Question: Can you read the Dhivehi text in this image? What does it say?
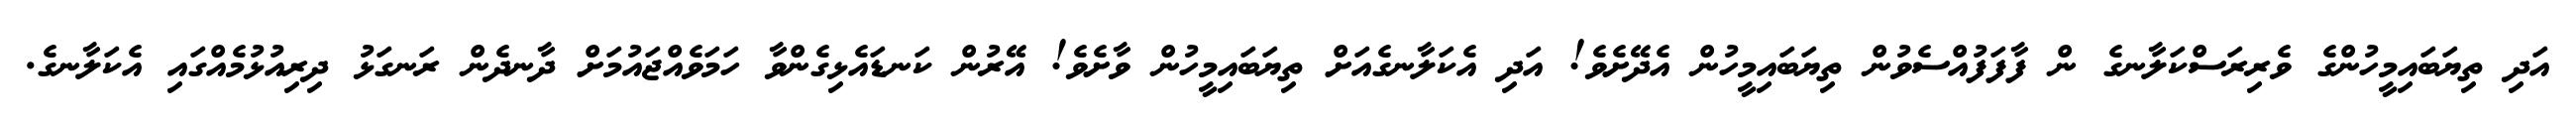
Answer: އަދި ތިޔަބައިމީހުންގެ ވެރިރަސްކަލާނގެ ން ފާފަފުއްސެވުން ތިޔަބައިމީހުން އެދޭށެވެ! އަދި އެކަލާނގެއަށް ތިޔަބައިމީހުން ވާށެވެ! އޭރުން ކަނޑައެޅިގެންވާ ހަމަވެއްޖައުމަށް ދާނދެން ރަނގަޅު ދިރިއުޅުމެއްގައި އެކަލާނގެ.